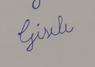
Signature authenticity: forged